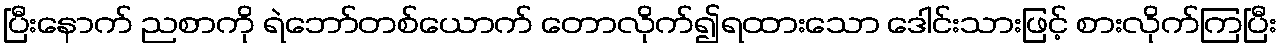
ပြီးနောက် ညစာကို ရဲဘော်တစ်ယောက် တောလိုက်၍ရထားသော ဒေါင်းသားဖြင့် စားလိုက်ကြပြီး